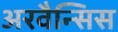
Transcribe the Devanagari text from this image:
अरवैन्सिस